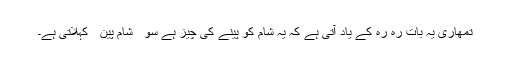
تمھاری یہ بات رہ رہ کے یاد آتی ہے کہ یہ شام کو پینے کی چیز ہے سو ٰ ٰ شام پین ٰ ٰ کہلاتی ہے۔